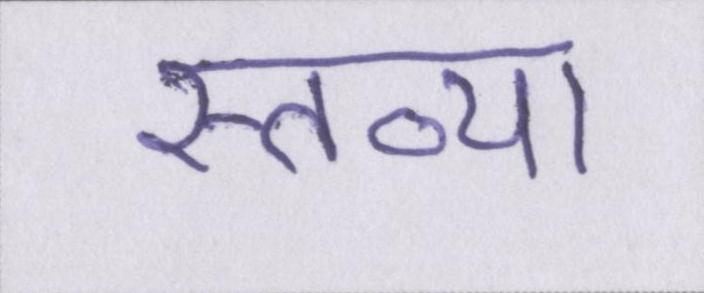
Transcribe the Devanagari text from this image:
स्तव्या